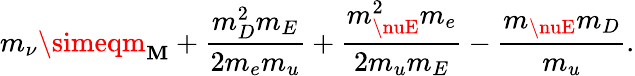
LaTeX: m_{\nu}\simeqm_{\mathbf{M}}+{\frac{{m_{D}^{2}m_{E}}}{{2m_{e}m_{u}}}}+{\frac{{m_{\nuE}^{2}m_{e}}}{{2m_{u}m_{E}}}}-{\frac{{m_{\nuE}m_{D}}}{{m_{u}}}}.